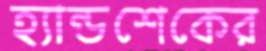
হ্যান্ডশেকের